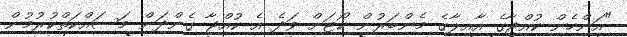
"އަންހެން ކުއްޖާގެ އާއިލާގެ މެންބަރުން ކޯޓަށް ވަދެ އެ ކުއްޖާ ގެންދަން މަސައްކަތްކުރުމުން